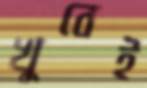
খুবেই